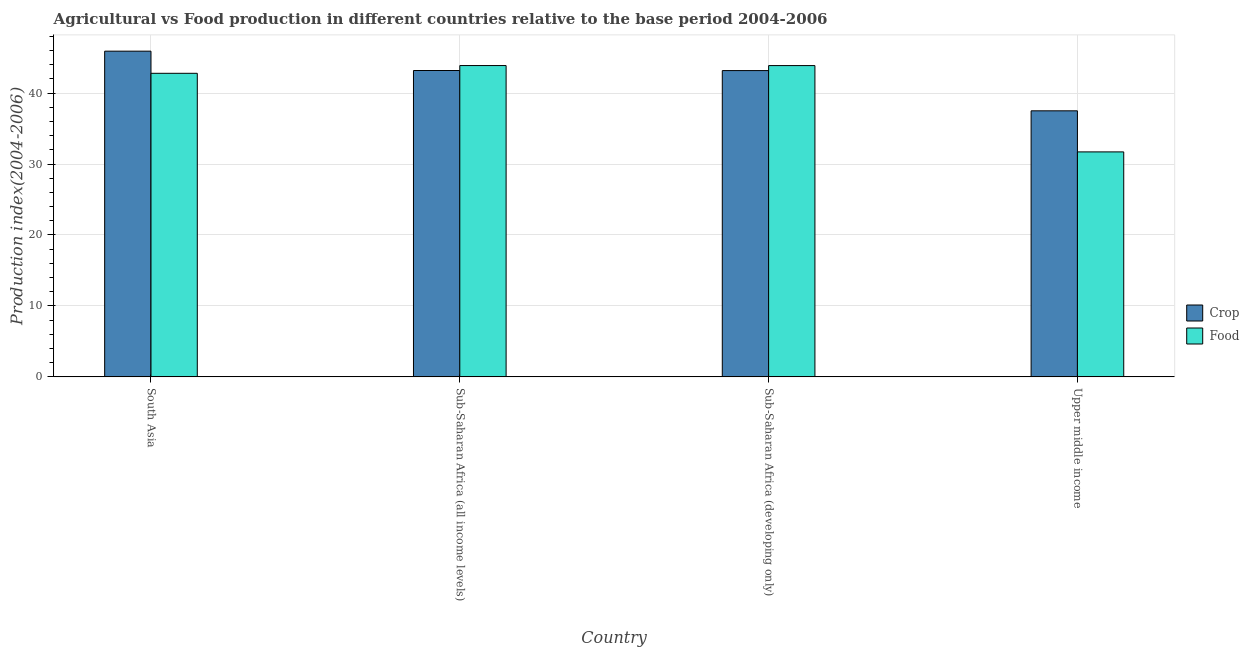
| Country | Crop | Food |
 | --- | --- | --- |
 | South Asia | 45.9 | 42.8 |
 | Sub-Saharan Africa (all income levels) | 43.2 | 43.9 |
 | Sub-Saharan Africa (developing only) | 43.2 | 43.9 |
 | Upper middle income | 37.5 | 31.7 |